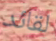
لقائد